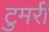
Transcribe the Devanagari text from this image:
टुमरी